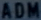
ADM